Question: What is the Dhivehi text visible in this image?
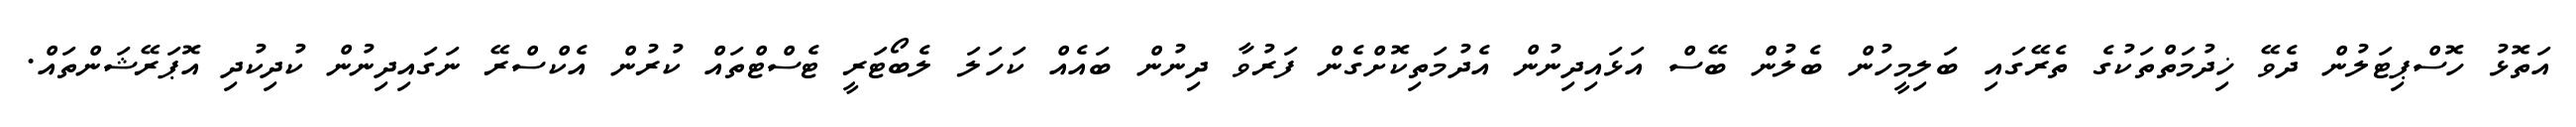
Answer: އަތޮޅު ހޮސްޕިޓަލުން ދެވޭ ޚިދުމަތްތަކުގެ ތެރޭގައި ބަލިމީހުން ބެލުން ބޭސް އަޅައިދިނުން އެދުމަތިކޮށްގެން ފަރުވާ ދިނުން ބައެއް ކަހަލަ ލެބޯޓަރީ ޓެސްޓްތައް ކުރުން އެކްސްރޭ ނަގައިދިނުން ކުދިކުދި އޮޕަރޭޝަންތައް.